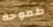
طموحة